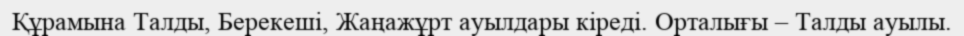
Құрамына Талды, Берекеші, Жаңажұрт ауылдары кіреді. Орталығы – Талды ауылы.